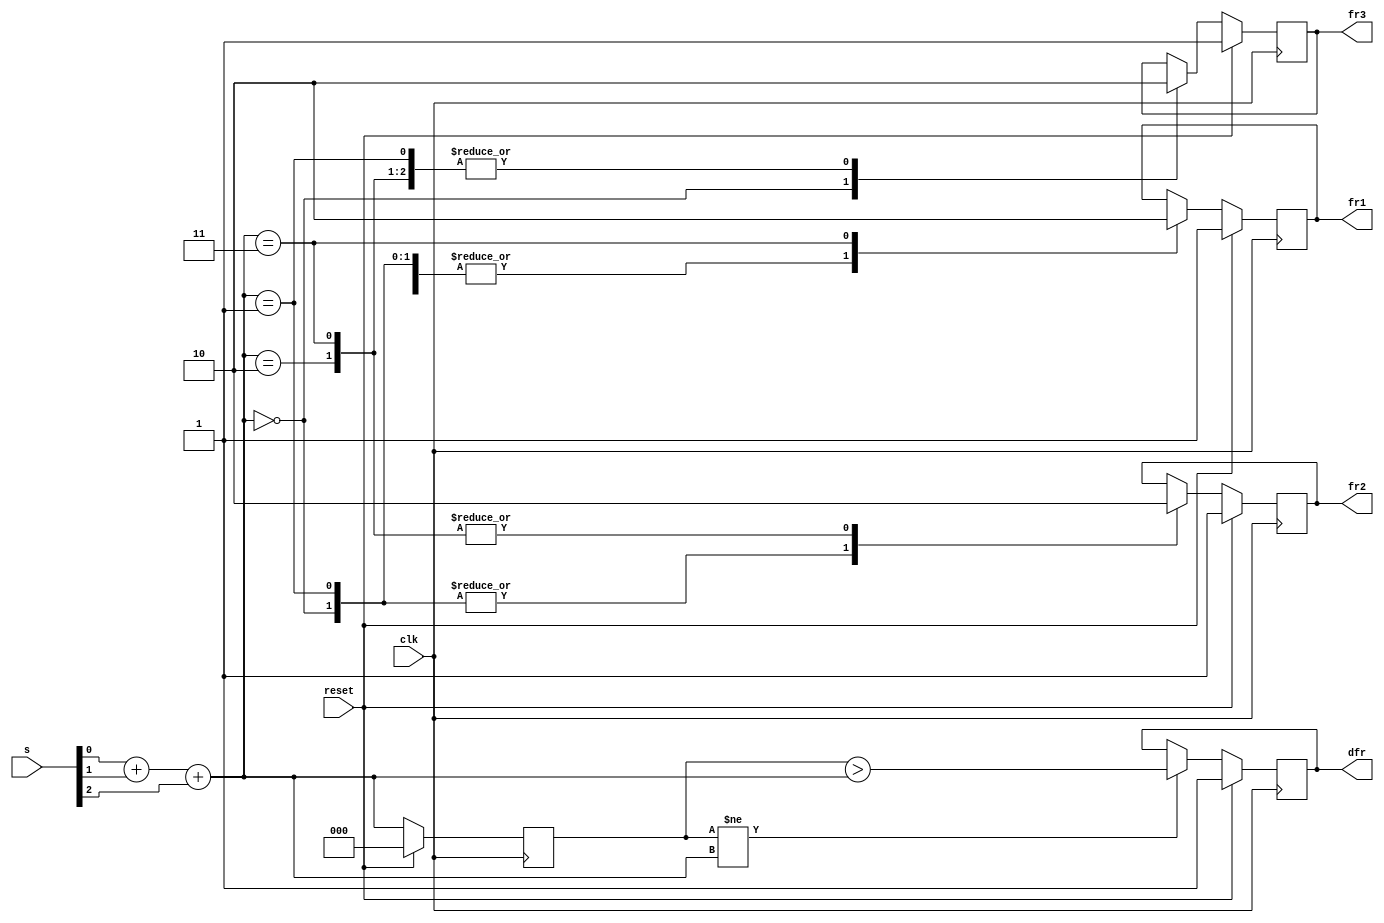
module top_module (
    input clk,
    input reset,
    input [3:1] s,
    output fr3,
    output fr2,
    output fr1,
    output dfr
); 
    
    reg [2:0] state, pre_state;
    
    always @(posedge clk) begin
        if(reset) begin
            pre_state <= 0;
        	{fr3, fr2, fr1, dfr} <= 4'b1111;
        end
        else begin
            if(pre_state != state)
                dfr <= pre_state > state;
            pre_state <= state;
            
            case(state)
                0:	{fr3, fr2, fr1} <= 3'b111;
                1:	{fr3, fr2, fr1} <= 3'b011;
                2:	{fr3, fr2, fr1} <= 3'b001;
                3:	{fr3, fr2, fr1} <= 3'b000;
        	endcase
        end
        
    end
    
    always @(*) begin
        state = s[1] + s[2] + s[3];
    end

endmodule